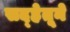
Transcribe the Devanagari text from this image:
सद्‍हेतूने